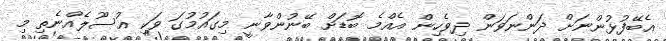
އެބޭފުޅުންނަށް ދަންނަވަން ދިވެހިން އެއްމެ ބޮޑަށް ބޭނުންވާނީ މިގައުމުގަ ވަކި އުސޫލެއްނެތި މި